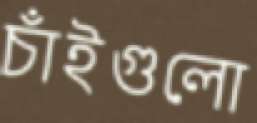
চাঁইগুলো